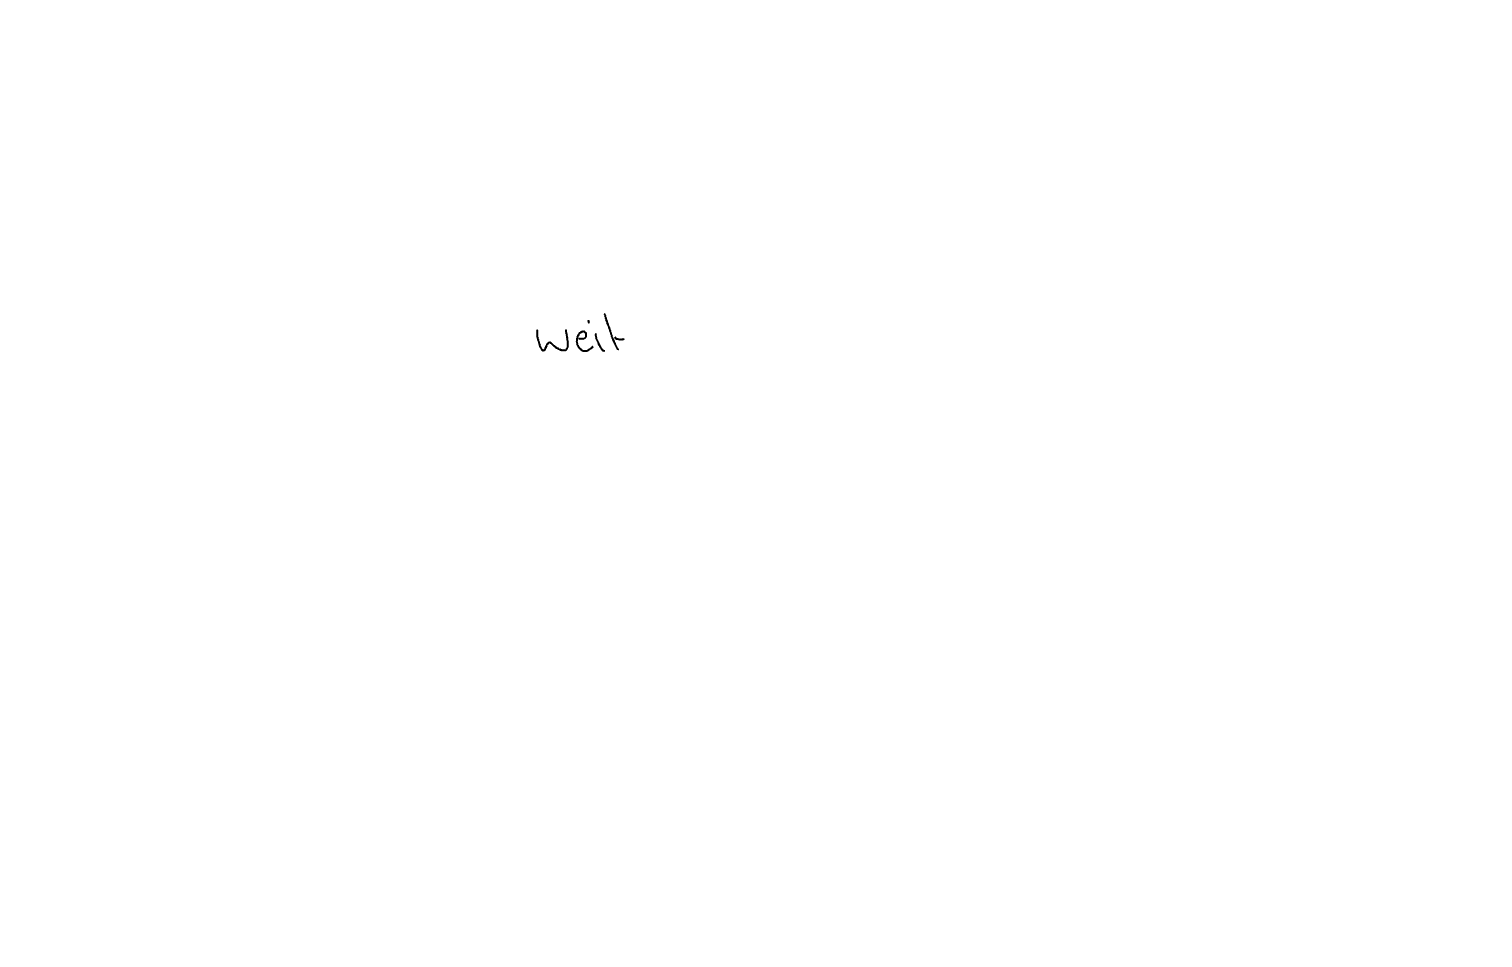
Text: weit